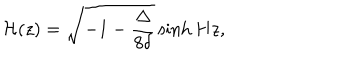
{ \cal H } ( z ) = \sqrt { - 1 - \frac { \Delta } { 8 \delta } } \sinh { H z } ,